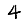
Digit: 4